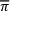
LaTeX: \overline { { \pi } }